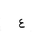
Letter: _ayn